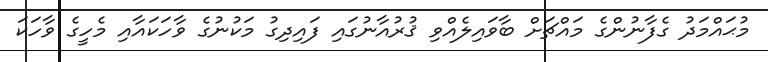
މުޙައްމަދު ގެފާނުންގެ މައްޗަށް ބާވައިލެއްވި ޤުރުއާނުގައި ފައިދިގު މަކުނުގެ ވާހަކައާއި މެހީގެ ވާހަކަ